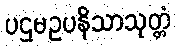
ပဌမဥပနိသာသုတ္တံ